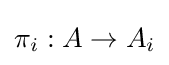
\pi _{i}:A\to A_{i}